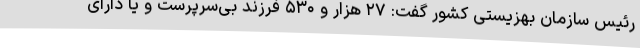
رئیس سازمان بهزیستی کشور گفت: ۲۷ هزار و ۵۳۰ فرزند بی‌سرپرست و یا دارای